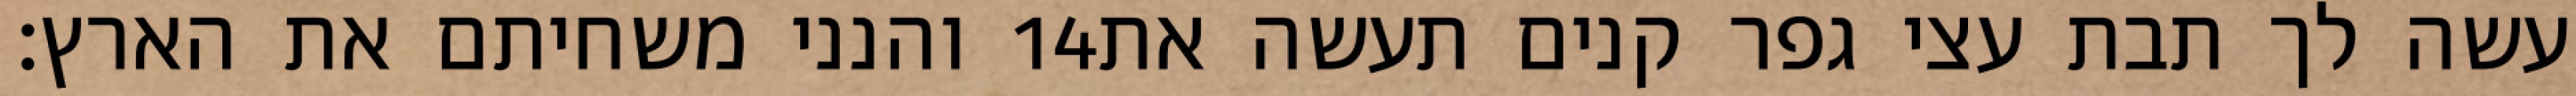
והנני משחיתם את הארץ׃ ‎14‏ עשה לך תבת עצי גפר קנים תעשה את